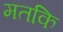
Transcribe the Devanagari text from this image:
मतकि